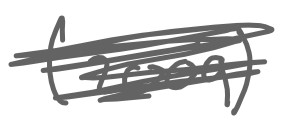
Text: (2009)
Cross-out: scratch
Writing tool: digital_gray